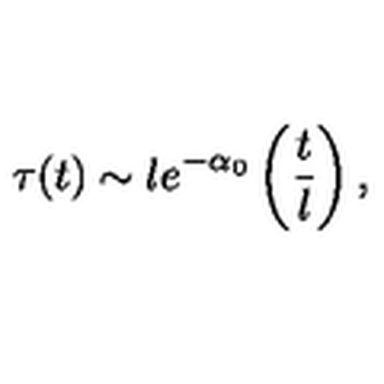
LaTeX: \tau ( t ) \sim l e ^ { - \alpha _ { 0 } } \left( \frac { t } { l } \right) ,